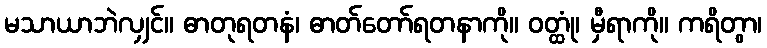
မသာယာဘဲလျှင်။ ဓာတုရတနံ၊ ဓာတ်တော်ရတနာကို။ ဝတ္ထုံ၊ မှီရာကို။ ကရိတွာ၊